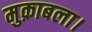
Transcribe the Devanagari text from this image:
मुक़ाबला।